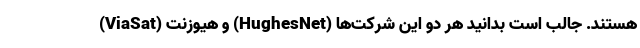
(ViaSat) و هیوزنت (HughesNet) هستند. جالب است بدانید هر دو این شرکت‌ها